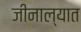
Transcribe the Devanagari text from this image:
जीनाल्यात